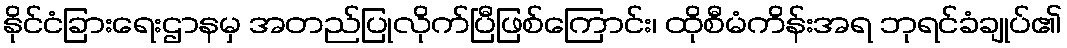
နိုင်ငံခြားရေးဌာနမှ အတည်ပြုလိုက်ပြီဖြစ်ကြောင်း၊ ထိုစီမံကိန်းအရ ဘုရင်ခံချုပ်၏